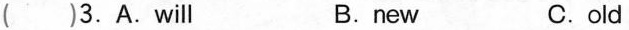
( )3.A.will B.new C.old